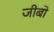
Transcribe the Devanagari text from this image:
जीबो